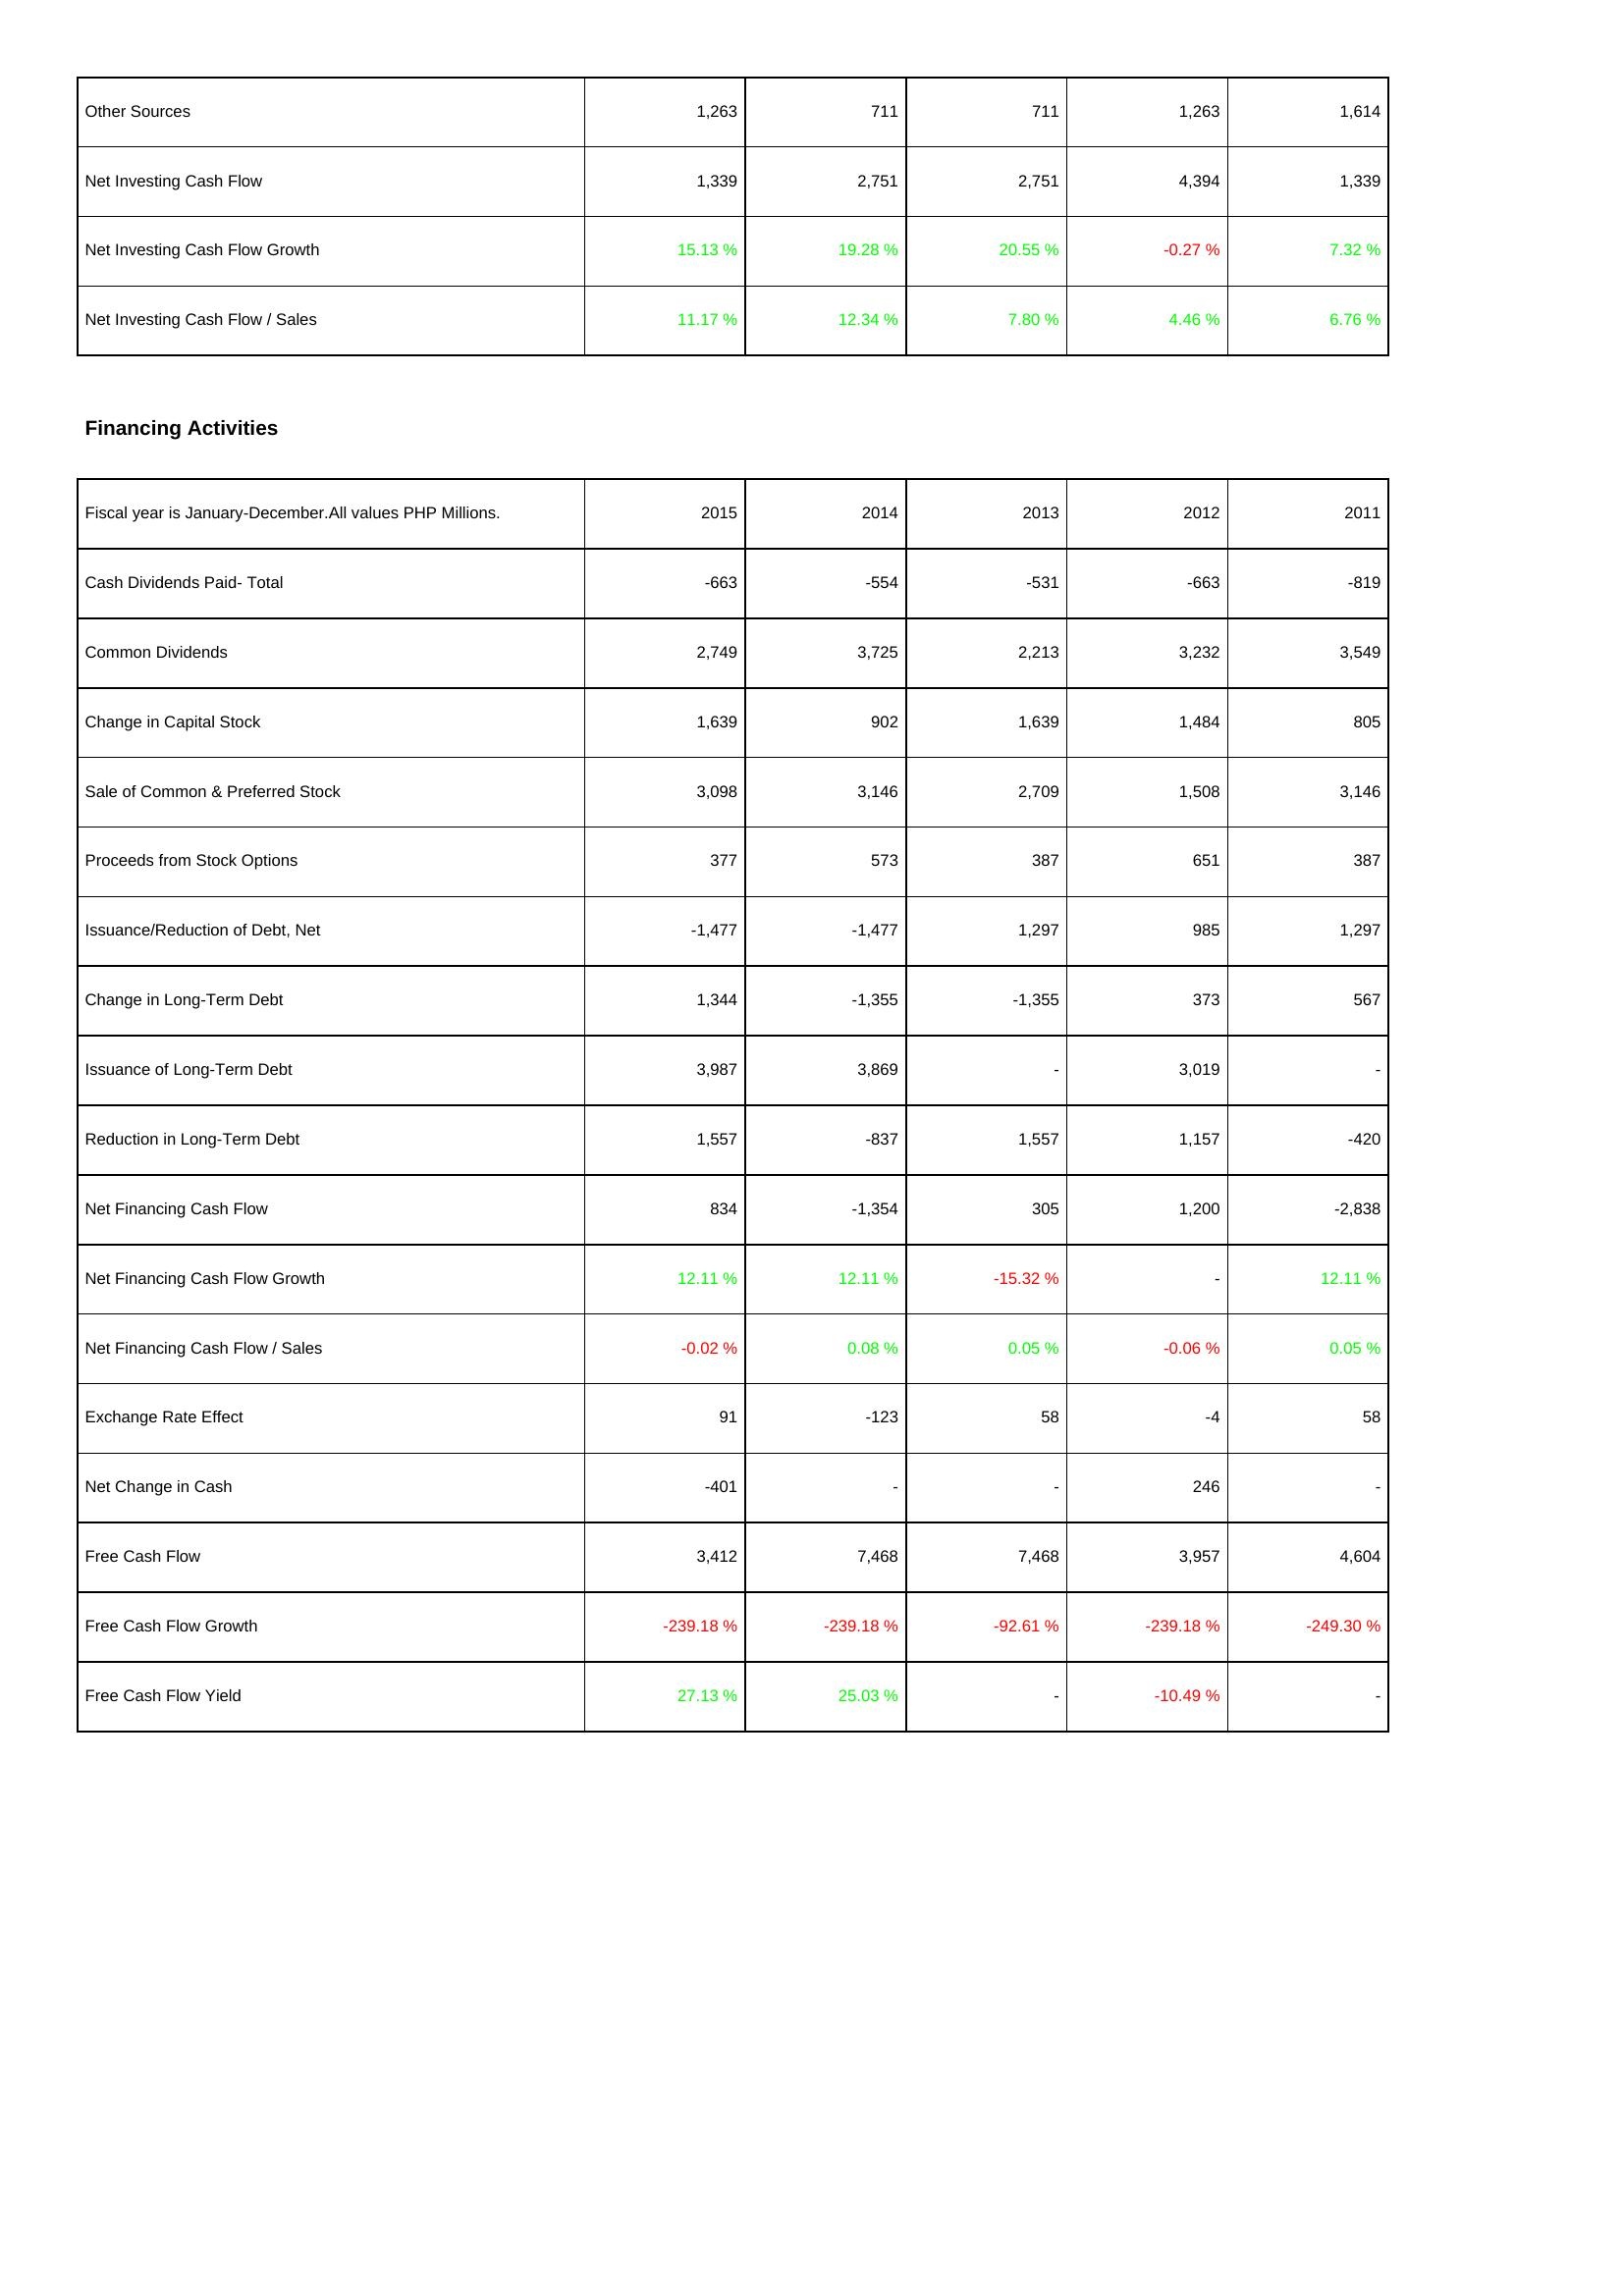
2015: Investing Activities: Other Sources: 1,263
Net Investing Cash Flow: 1,339
Net Investing Cash Flow Growth: 15.13 %
Net Investing Cash Flow / Sales: 11.17 %
Financing Activities: Cash Dividends Paid- Total: -663
Common Dividends: 2,749
Change in Capital Stock: 1,639
Sale of Common & Preferred Stock: 3,098
Proceeds from Stock Options: 377
Issuance/Reduction of Debt, Net: -1,477
Change in Long-Term Debt: 1,344
Issuance of Long-Term Debt: 3,987
Reduction in Long-Term Debt: 1,557
Net Financing Cash Flow: 834
Net Financing Cash Flow Growth: 12.11 %
Net Financing Cash Flow / Sales: -0.02 %
Exchange Rate Effect: 91
Net Change in Cash: -401
Free Cash Flow: 3,412
Free Cash Flow Growth: -239.18 %
Free Cash Flow Yield: 27.13 %
2014: Investing Activities: Other Sources: 711
Net Investing Cash Flow: 2,751
Net Investing Cash Flow Growth: 19.28 %
Net Investing Cash Flow / Sales: 12.34 %
Financing Activities: Cash Dividends Paid- Total: -554
Common Dividends: 3,725
Change in Capital Stock: 902
Sale of Common & Preferred Stock: 3,146
Proceeds from Stock Options: 573
Issuance/Reduction of Debt, Net: -1,477
Change in Long-Term Debt: -1,355
Issuance of Long-Term Debt: 3,869
Reduction in Long-Term Debt: -837
Net Financing Cash Flow: -1,354
Net Financing Cash Flow Growth: 12.11 %
Net Financing Cash Flow / Sales: 0.08 %
Exchange Rate Effect: -123
Net Change in Cash: -
Free Cash Flow: 7,468
Free Cash Flow Growth: -239.18 %
Free Cash Flow Yield: 25.03 %
2013: Investing Activities: Other Sources: 711
Net Investing Cash Flow: 2,751
Net Investing Cash Flow Growth: 20.55 %
Net Investing Cash Flow / Sales: 7.80 %
Financing Activities: Cash Dividends Paid- Total: -531
Common Dividends: 2,213
Change in Capital Stock: 1,639
Sale of Common & Preferred Stock: 2,709
Proceeds from Stock Options: 387
Issuance/Reduction of Debt, Net: 1,297
Change in Long-Term Debt: -1,355
Issuance of Long-Term Debt: -
Reduction in Long-Term Debt: 1,557
Net Financing Cash Flow: 305
Net Financing Cash Flow Growth: -15.32 %
Net Financing Cash Flow / Sales: 0.05 %
Exchange Rate Effect: 58
Net Change in Cash: -
Free Cash Flow: 7,468
Free Cash Flow Growth: -92.61 %
Free Cash Flow Yield: -
2012: Investing Activities: Other Sources: 1,263
Net Investing Cash Flow: 4,394
Net Investing Cash Flow Growth: -0.27 %
Net Investing Cash Flow / Sales: 4.46 %
Financing Activities: Cash Dividends Paid- Total: -663
Common Dividends: 3,232
Change in Capital Stock: 1,484
Sale of Common & Preferred Stock: 1,508
Proceeds from Stock Options: 651
Issuance/Reduction of Debt, Net: 985
Change in Long-Term Debt: 373
Issuance of Long-Term Debt: 3,019
Reduction in Long-Term Debt: 1,157
Net Financing Cash Flow: 1,200
Net Financing Cash Flow Growth: -
Net Financing Cash Flow / Sales: -0.06 %
Exchange Rate Effect: -4
Net Change in Cash: 246
Free Cash Flow: 3,957
Free Cash Flow Growth: -239.18 %
Free Cash Flow Yield: -10.49 %
2011: Investing Activities: Other Sources: 1,614
Net Investing Cash Flow: 1,339
Net Investing Cash Flow Growth: 7.32 %
Net Investing Cash Flow / Sales: 6.76 %
Financing Activities: Cash Dividends Paid- Total: -819
Common Dividends: 3,549
Change in Capital Stock: 805
Sale of Common & Preferred Stock: 3,146
Proceeds from Stock Options: 387
Issuance/Reduction of Debt, Net: 1,297
Change in Long-Term Debt: 567
Issuance of Long-Term Debt: -
Reduction in Long-Term Debt: -420
Net Financing Cash Flow: -2,838
Net Financing Cash Flow Growth: 12.11 %
Net Financing Cash Flow / Sales: 0.05 %
Exchange Rate Effect: 58
Net Change in Cash: -
Free Cash Flow: 4,604
Free Cash Flow Growth: -249.30 %
Free Cash Flow Yield: -